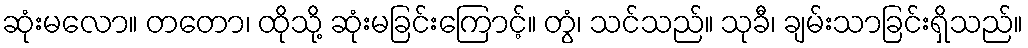
ဆုံးမလော။ တတော၊ ထိုသို့ ဆုံးမခြင်းကြောင့်။ တွံ၊ သင်သည်။ သုခီ၊ ချမ်းသာခြင်းရှိသည်။